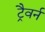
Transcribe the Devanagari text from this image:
ट्रैवर्न